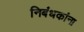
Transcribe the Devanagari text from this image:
निबंधकांना